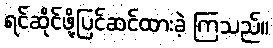
ရင်ဆိုင်ဖို့ပြင်ဆင်ထားခဲ့ ကြသည်။